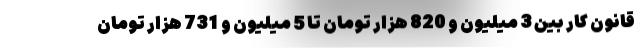
قانون کار بین 3 میلیون و 820 هزار تومان تا 5 میلیون و 731 هزار تومان